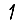
Digit: 1